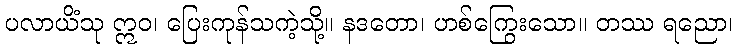
ပလာယိံသု ဣဝ၊ ပြေးကုန်သကဲ့သို့။ နဒတော၊ ဟစ်ကြွေးသော။ တဿ ရညော၊